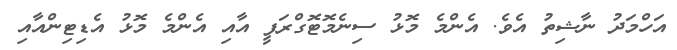
އަހްމަދު ނާޝިތު އެވެ. އެންމެ މޮޅު ސިނެމޮޓޮގްރަފީ އާއި އެންމެ މޮޅު އެޑިޓިންއާއި